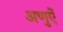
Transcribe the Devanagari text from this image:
अणुऐं